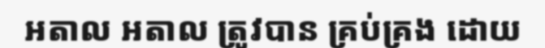
អតាល អតាល ត្រូវបាន គ្រប់គ្រង ដោយ